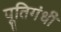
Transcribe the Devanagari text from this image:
पूतिगंधी